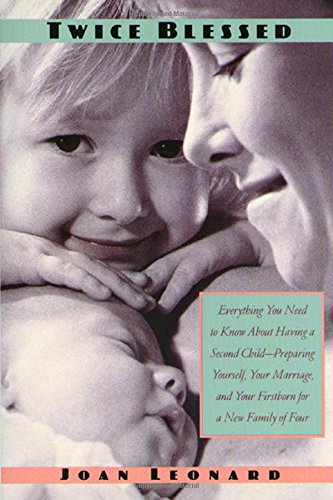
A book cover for Twice Blessed: Everything You Need To Know About Having A Second Child-- Preparing Yourself, Your Marriage, And Your Firstborn For A New Family Of Four; Joan Leonard; Parenting & Relationships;